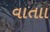
વાતાા